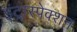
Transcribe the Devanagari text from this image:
इंट्रास्पेक्शन